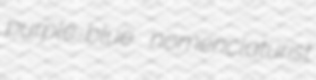
purple-blue nomenclaturist